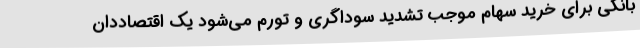
بانکی برای خرید سهام موجب تشدید سوداگری و تورم می‌شود یک اقتصاددان